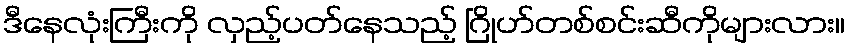
ဒီနေလုံးကြီးကို လှည့်ပတ်နေသည့် ဂြိုဟ်တစ်စင်းဆီကိုများလား။